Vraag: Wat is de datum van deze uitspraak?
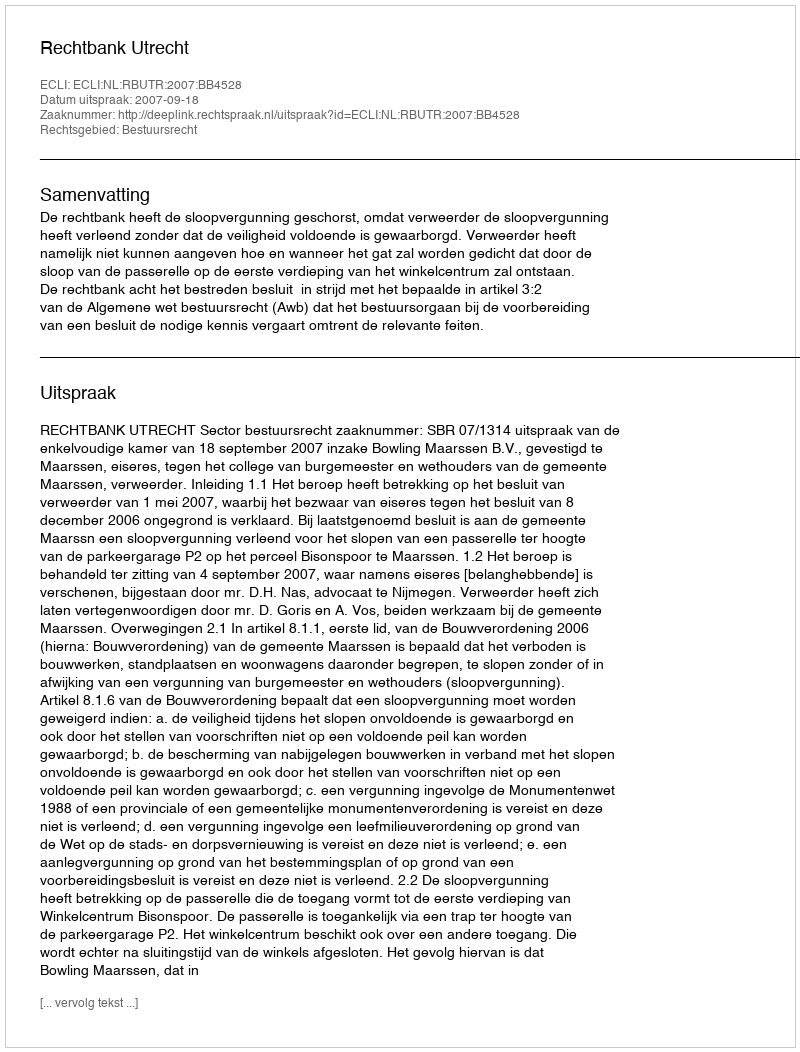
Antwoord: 2007-09-18